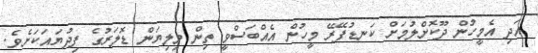
އަދި އެމީހުން ދޫކޮށްލުމަށް ކަނޑުފޭރޭ މީހުން އެއްބަސްވީ ތިން މިލިޔަން ޑޮލަރުގެ ފިދުޔައަކަށެވެ.